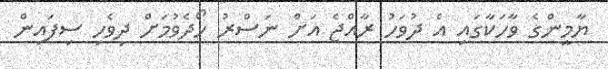
ޔާމީންގެ ވާހަކާގައި އެ ދުވަހު ރާއްޖެ އަށް ނަސްރު ހޯދެވުމަށް ދިވެހި ސިފައިން